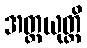
အတ္ထယုတ္တိ